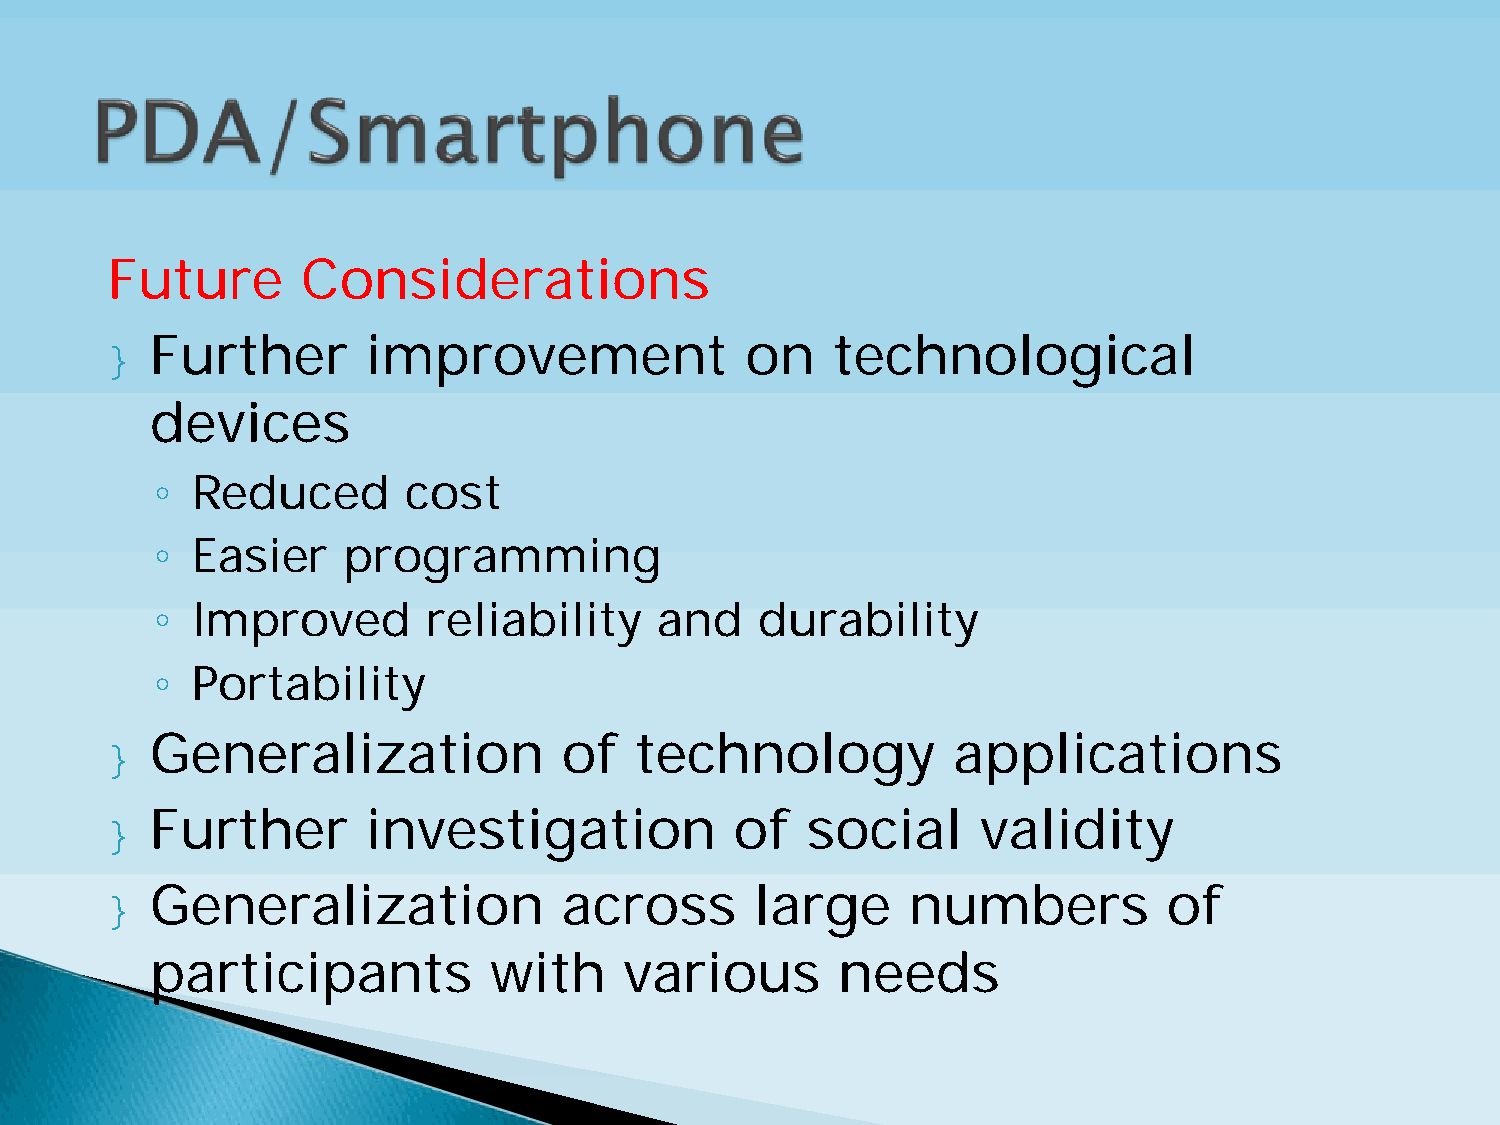
Future       Considerations
 }  Further       improvement              on    technological
 devices
 ◦
 Reduced       cost
 ◦
 Easier    programming
 ◦
 Improved       reliability    and    durability
 ◦
 Portability
 }  Generalization             of   technology           applications
 }  Further       investigation            of  social      validity
 }  Generalization             across       large     numbers          of
 participants          with     various       needs